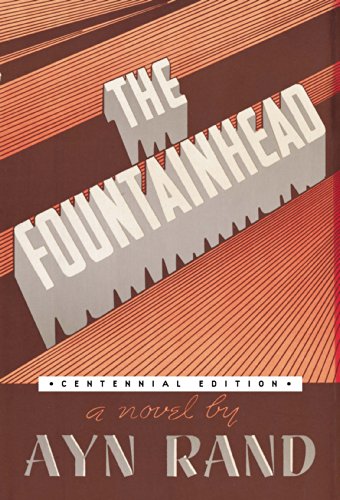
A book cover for The Fountainhead (Centennial Edition HC); Ayn Rand; Literature & Fiction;